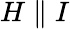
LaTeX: H\parallel I